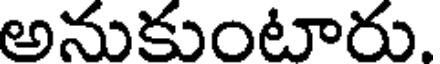
అనుకుంటారు.